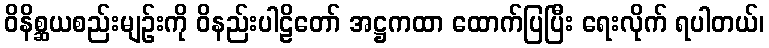
ဝိနိစ္ဆယစည်းမျဉ်းကို ဝိနည်းပါဠိတော် အဋ္ဌကထာ ထောက်ပြပြီး ရေးလိုက် ရပါတယ်၊